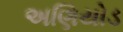
અણિયોડ